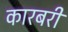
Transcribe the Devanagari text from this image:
कारबरी